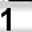
Digit: 1